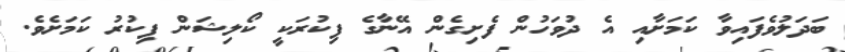
ބަދަލުވެފައިވާ ކަމަށާއި އެ ދުވަހުން ފެށިގެން އޭނާގެ ފިކުރަކީ ކޯލިޝަން ފިކުރު ކަމަށެވެ.